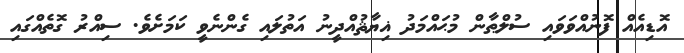
އޮޑިއެއް ފޮނުއްވަވައި ސުލްޠާން މުޙައްމަދު ޣިޔާޘުއްދީނު އަތުލައި ގެންނެވީ ކަމަށެވެ. ސިއްރު ގޮތެއްގައި